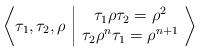
LaTeX: \begin{align*}\bigg\langle \tau_1, \tau_2, \rho \ \bigg\vert\ \begin{matrix}\tau_1 \rho \tau_2=\rho^2\\\tau_2 \rho^{n} \tau_1=\rho^{n+1}\end{matrix}\ \bigg\rangle\end{align*}